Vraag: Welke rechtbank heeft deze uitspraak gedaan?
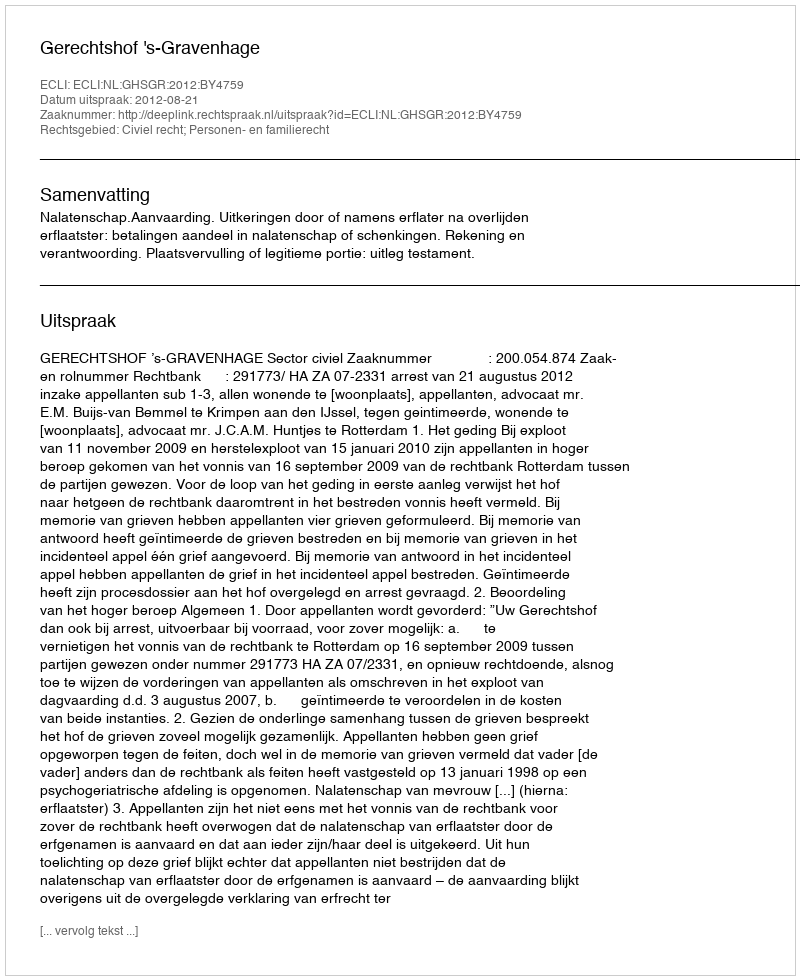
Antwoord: Gerechtshof 's-Gravenhage